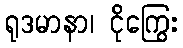
ရုဒမာနာ၊ ငိုကြွေး